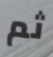
ثم